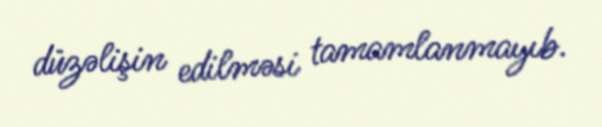
düzəlişin edilməsi tamamlanmayıb.